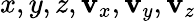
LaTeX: x,y,z,\mathbf{v}_{x},\mathbf{v}_{y},\mathbf{v}_{z}